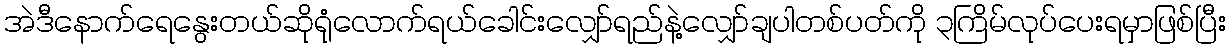
အဲဒီနောက်ရေနွေးတယ်ဆိုရုံလောက်ရယ်ခေါင်းလျှော်ရည်နဲ့လျှော်ချပါတစ်ပတ်ကို ၃ကြိမ်လုပ်ပေးရမှာဖြစ်ပြီး